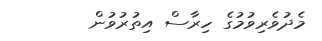
މެދުވެރިވުމުގެ ހިރާސް އިތުރުވުން